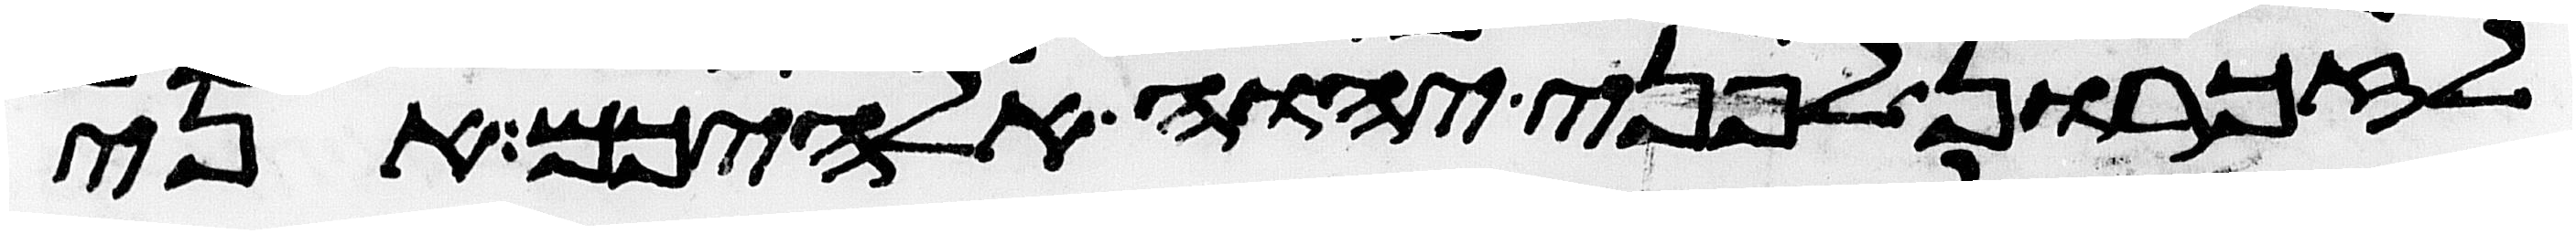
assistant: לזכרון לפני יהוה אלהיכם אני